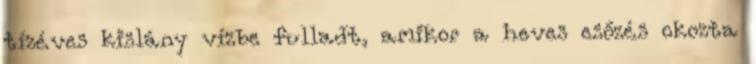
tízéves kislány vízbe fulladt, amikor a heves esőzés okozta